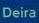
deira